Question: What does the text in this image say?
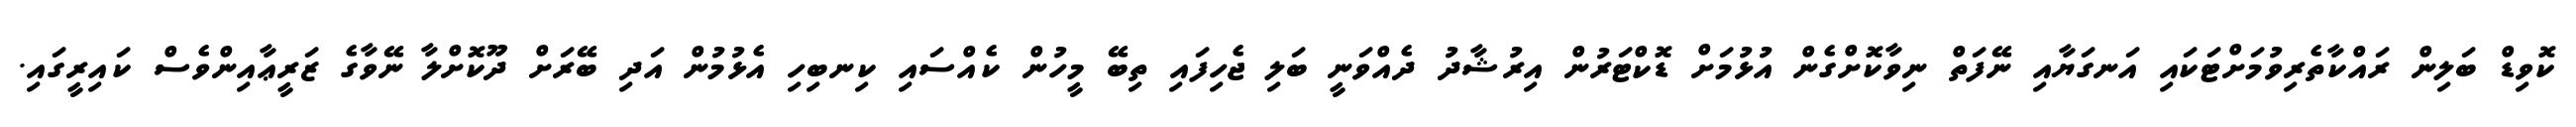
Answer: ކޮވިޑް ބަލިން ރައްކާތެރިވުމަށްޓަކައި އަނގަޔާއި ނޭފަތް ނިވާކޮށްގެން އުޅުމަށް ޑޮކްޓަރުން އިރުޝާދު ދެއްވަނީ ބަލި ޖެހިފައި ތިބޭ މީހުން ކެއްސައި ކިނބިހި އެޅުމުން އަދި ބޭރަށް ދޫކޮށްލާ ނޭވާގެ ޒަރީޢާއިންވެސް ކައިރީގައި.